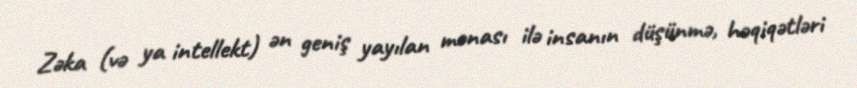
Zəka (və ya intellekt) ən geniş yayılan mənası ilə insanın düşünmə, həqiqətləri